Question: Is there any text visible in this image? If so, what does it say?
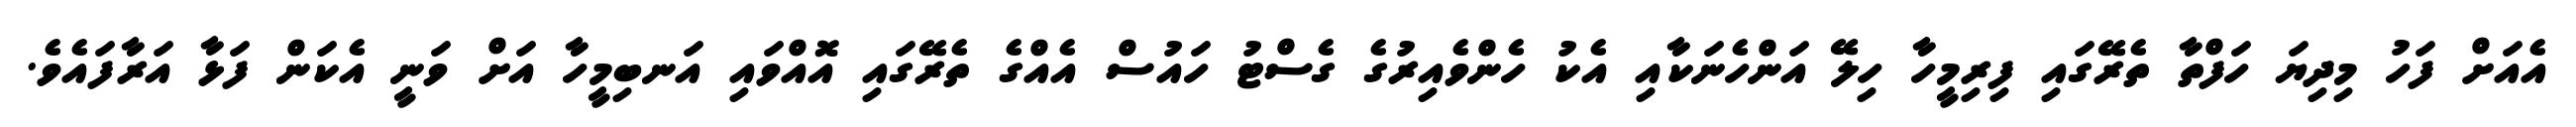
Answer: އެއަށް ފަހު މިދިޔަ ހަފްތާ ތެރޭގައި ފިރިމީހާ ހިލޭ އަންހެނަކާއި އެކު ހެންވެއިރުގެ ގެސްޓު ހައުސް އެއްގެ ތެރޭގައި އޮއްވައި އަނބިމީހާ އަށް ވަނީ އެކަން ފަޅާ އަރާފައެވެ.